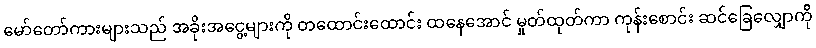
မော်တော်ကားများသည် အခိုးအငွေ့များကို တထောင်းထောင်း ထနေအောင် မှုတ်ထုတ်ကာ ကုန်းစောင်း ဆင်ခြေလျှောက်ို